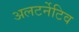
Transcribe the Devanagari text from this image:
अलटर्नेटिव